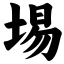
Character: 埸